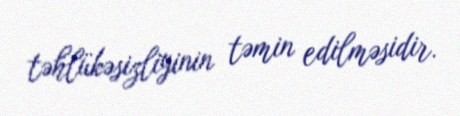
təhlükəsizliyinin təmin edilməsidir.